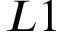
L 1